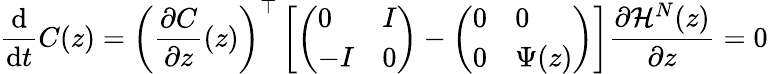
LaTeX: \frac{\mathrm d}{\mathrm dt}C(z)=\left(\frac{\partial C}{\partial z}(z)\right)^{\top}\left[\left(\begin{array}{ll}{0}&{I}\\ {-I}&{0}\end{array}\right)-\left(\begin{array}{ll}{0}&{0}\\ {0}&{\Psi(z)}\end{array}\right)\right]\frac{\partial\mathcal H^{N}(z)}{\partial z}=0